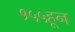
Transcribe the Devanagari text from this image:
१५५हून